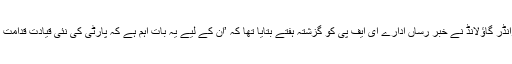
تاہم جماعت کے موجودہ پارلیمانی گروپ کے چیف آلیکزانڈر گاؤلانڈ نے خبر رساں ادارے ای ایف پی کو گزشتہ ہفتے بتایا تھا کہ ’ان کے لیے یہ بات اہم ہے کہ پارٹی کی نئی قیادت قدامت پسند ہونے کے ساتھ لبرل اقتصادی پوزیشن اختیار کرے‘۔